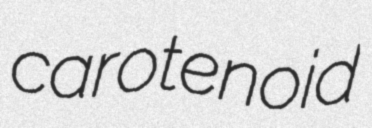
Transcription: carotenoid